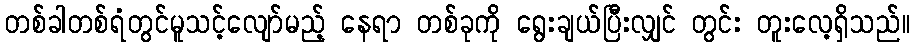
တစ်ခါတစ်ရံတွင်မူသင့်လျော်မည့် နေရာ တစ်ခုကို ရွေးချယ်ပြီးလျှင် တွင်း တူးလေ့ရှိသည်။